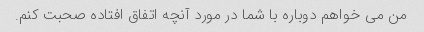
من می خواهم دوباره با شما در مورد آنچه اتفاق افتاده صحبت کنم.